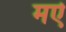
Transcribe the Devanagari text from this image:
मऐ